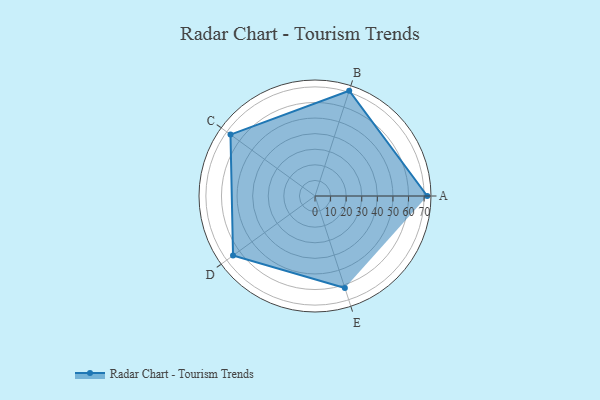
{"axis": {"x": "Skill", "y": "Score"}, "legend": ["Profile"], "data": [{"x": "A", "y": 72.0, "type": "Profile"}, {"x": "B", "y": 71.0, "type": "Profile"}, {"x": "C", "y": 67.0, "type": "Profile"}, {"x": "D", "y": 65.0, "type": "Profile"}, {"x": "E", "y": 62.0, "type": "Profile"}]}